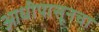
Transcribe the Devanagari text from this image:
आधीपासूनचा